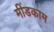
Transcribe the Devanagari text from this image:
मींडकाम